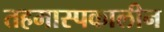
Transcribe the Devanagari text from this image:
तहमास्पकालीन